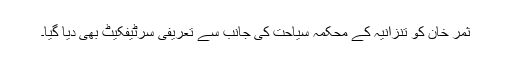
ثمر خان کو تنزانیہ کے محکمہ سیاحت کی جانب سے تعریفی سرٹیفکیٹ بھی دیا گیا۔